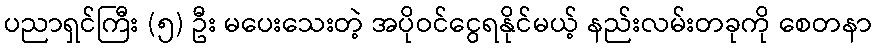
ပညာရှင်ကြီး (၅) ဦး မပေးသေးတဲ့ အပိုဝင်ငွေရနိုင်မယ့် နည်းလမ်းတခုကို စေတနာ